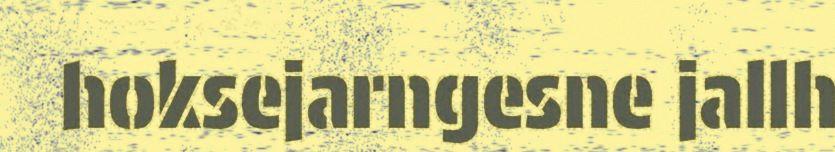
hoksejarngesne jallh